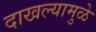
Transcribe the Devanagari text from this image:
दाखल्यामुळे